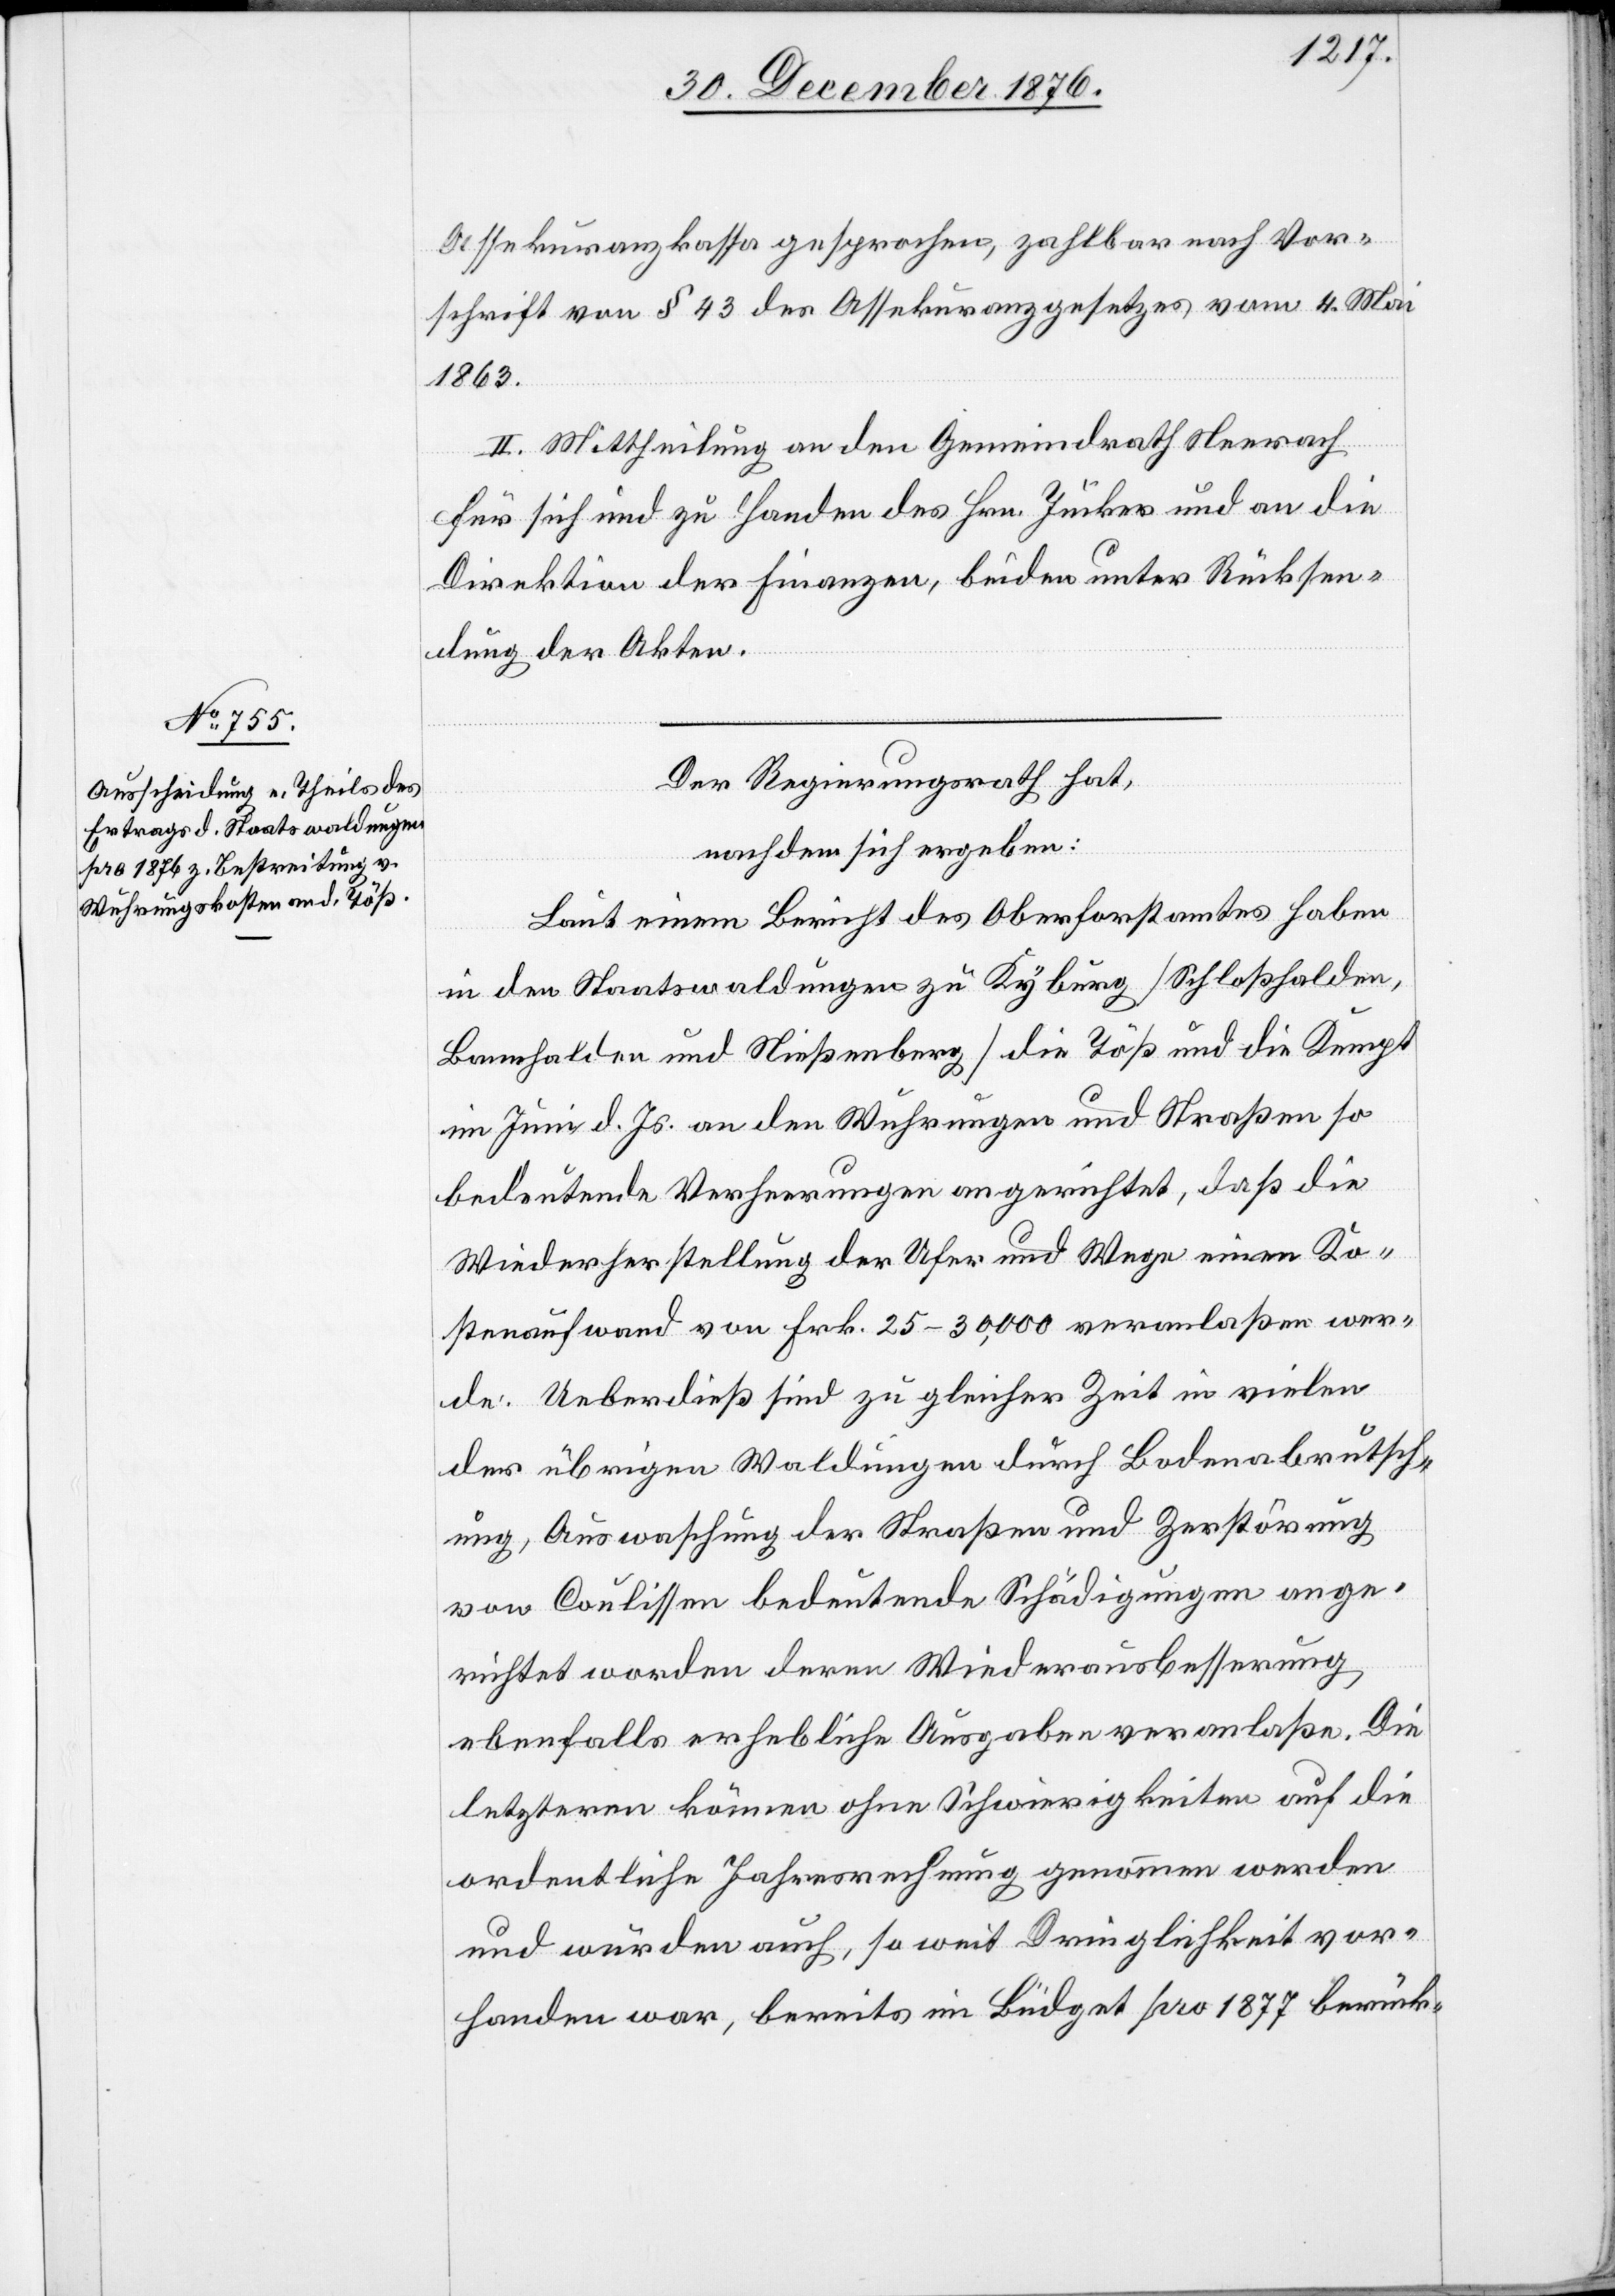
Assekuranzkassa gesprochen, zahlbar nach Vor¬
schrift von § 43 des Assekuranzgesetzes vom 4. Mai
1863.
II. Mittheilung an den Gemeindrath Neerach
für sich und zu Handen des Hrn. Jucker und an die
Direktion der Finanzen, beiden unter Rücksen¬
dung der Akten.
Der Regierungsrath hat,
nachdem sich ergeben:
Laut einem Bericht des Oberforstamtes haben
in den Staatswaldungen zu Kyburg [Schloßhalden,
Bannhalden und Nießenberg] die Töß und die Kempt
im Juni d. Js. an den Wuhrungen und Straßen so
bedeutende Verheerungen angerichtet, daß die
Wiederherstellung der Ufer und Wege einen Ko¬
stenaufwand von Frk. 25–30,000 veranlaßen wer¬
de. Ueberdieß sind zu gleiche Zeit in vielen
der übrigen Waldungen durch Bodenabrutsch¬
ung, Auswaschung der Straßen und Zerstörung
von Coulissen bedeutende Schädigungen ange¬
richtet worden deren Wiederausbesserung
ebenfalls erhebliche Ausgaben veranlaße. Die
letztern können ohne Schwierigkeiten auf die
ordentliche Jahresrechnung genommen werden
und würden auch, so weit Dringlichkeit vor¬
handen war, bereits im Büdget pro 1877 berück-